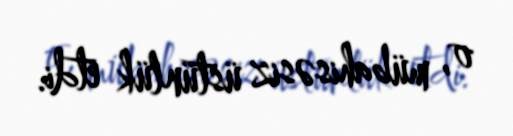
o, mübahisəsiz üstünlük etdi.